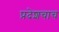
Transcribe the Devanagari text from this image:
प्रदेशचाच